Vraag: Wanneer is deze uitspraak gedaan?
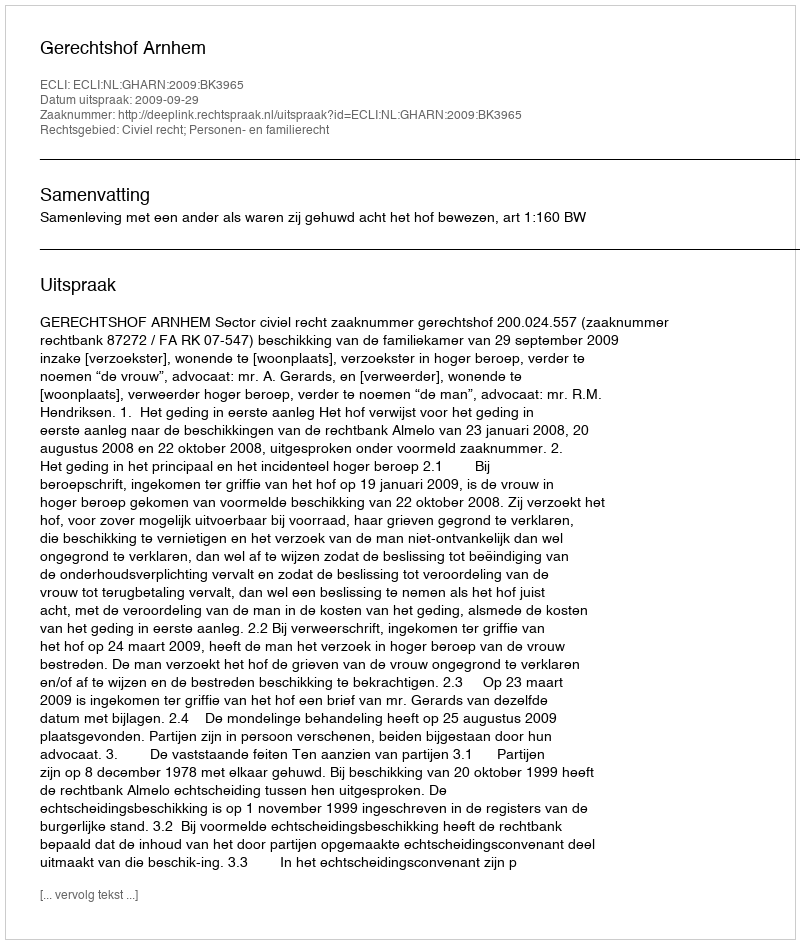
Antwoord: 2009-09-29